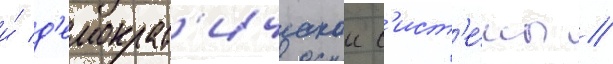
и́ д'емократ'ическои с'ист'е́мы //